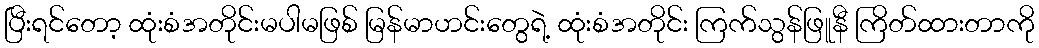
ပြီးရင်တော့ ထုံးစံအတိုင်းမပါမဖြစ် မြန်မာဟင်းတွေရဲ့ ထုံးစံအတိုင်း ကြက်သွန်ဖြူနီ ကြိတ်ထားတာကို